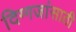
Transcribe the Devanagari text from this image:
दिग्गजांसाठी